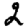
Digit: 2